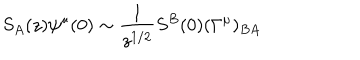
S _ { A } ( z ) \psi ^ { \mu } ( 0 ) \sim { \frac { 1 } { z ^ { 1 / 2 } } } S ^ { B } ( 0 ) ( \Gamma ^ { \mu } ) _ { B A }